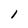
Character: 1